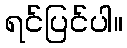
ရင်ပြင်ပါ။